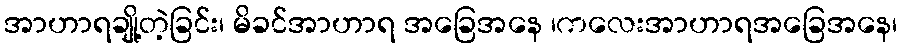
အာဟာရချို့တဲ့ခြင်း၊ မိခင်အာဟာရ အခြေအနေ ၊ကလေးအာဟာရအခြေအနေ၊